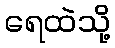
ရေထဲသို့